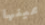
عينها